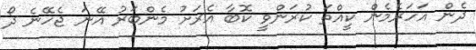
ދެން އަހަރެމެން ކީއްތަ ކުރަންވީ ކޮބާ އެރަށު މެންބަރު އޭނަ ޖެހޭނެ ދޯ